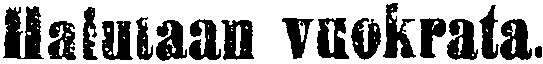
Halutaan vuokrata.